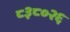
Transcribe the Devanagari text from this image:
८३८०२६